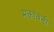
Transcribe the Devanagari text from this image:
मकावनी